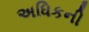
અધિકની